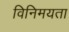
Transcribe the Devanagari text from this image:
विनिमयता